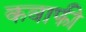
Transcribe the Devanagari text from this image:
कवाफी